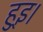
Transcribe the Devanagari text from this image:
हुइ्र।